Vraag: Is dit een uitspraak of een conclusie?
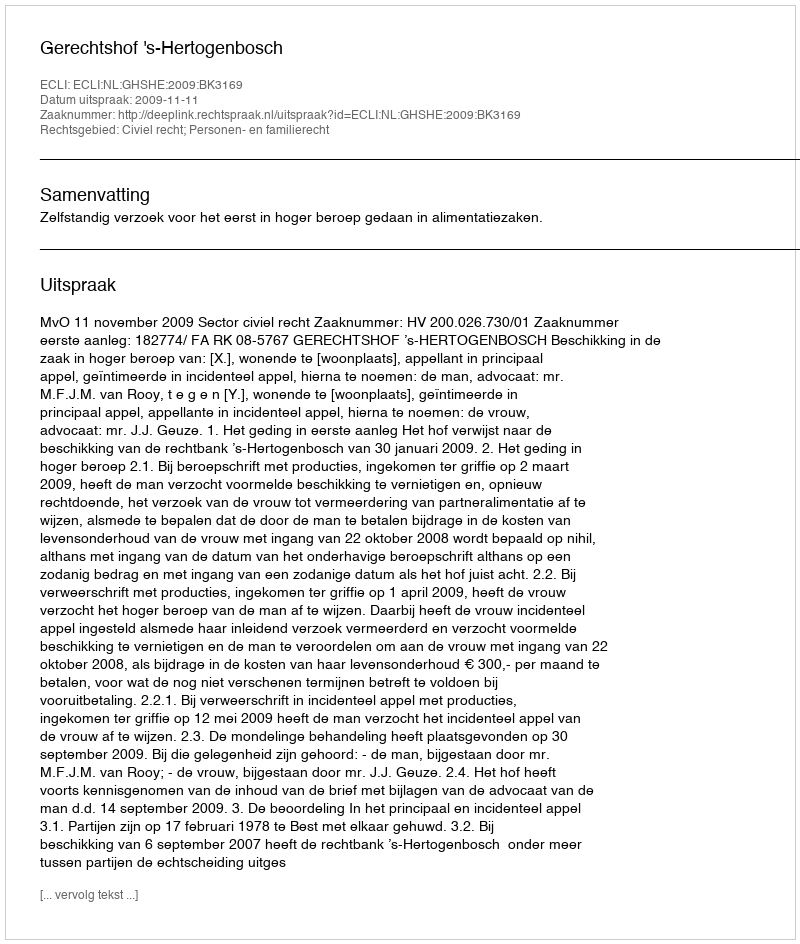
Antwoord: Uitspraak